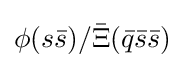
\phi (s{\bar {s}})/{\bar {\Xi }}({\bar {q}}{\bar {s}}{\bar {s}})